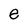
Character: e